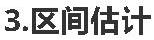
3.区间估计